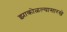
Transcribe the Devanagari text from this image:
झाकोळल्यासारखे